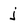
Character: j